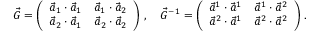
\vec { G } = \left( \begin{array} { l l } { \vec { a } _ { 1 } \cdot \vec { a } _ { 1 } } & { \vec { a } _ { 1 } \cdot \vec { a } _ { 2 } } \\ { \vec { a } _ { 2 } \cdot \vec { a } _ { 1 } } & { \vec { a } _ { 2 } \cdot \vec { a } _ { 2 } } \end{array} \right) \, , \quad \vec { G } ^ { - 1 } = \left( \begin{array} { l l } { \vec { a } ^ { 1 } \cdot \vec { a } ^ { 1 } } & { \vec { a } ^ { 1 } \cdot \vec { a } ^ { 2 } } \\ { \vec { a } ^ { 2 } \cdot \vec { a } ^ { 1 } } & { \vec { a } ^ { 2 } \cdot \vec { a } ^ { 2 } } \end{array} \right) \, .